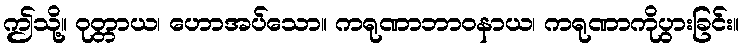
ဤသို့။ ဝုတ္တာယ၊ ဟောအပ်သော။ ကရုဏာဘာဝနာယ၊ ကရုဏာကိုပွားခြင်း။